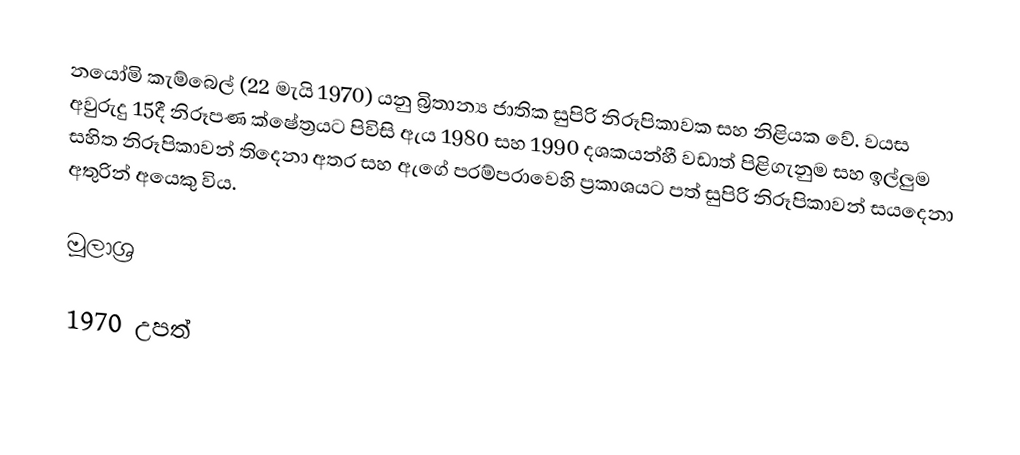
නයෝමි කැම්බෙල් (22 මැයි 1970) යනු බ්‍රිතාන්‍ය ජාතික සුපිරි නිරූපිකාවක සහ නිළියක වේ. වයස අවුරුදු 15දී නිරූපණ ක්ෂේත්‍රයට පිවිසි ඇය 1980 සහ 1990 දශකයන්හී වඩාත් පිළිගැනුම සහ ඉල්ලුම සහිත නිරූපිකාවන් තිදෙනා අතර සහ ඇගේ පරම්පරාවෙහි ප්‍රකාශයට පත් සුපිරි නිරූපිකාවන් සයදෙනා අතුරින් අයෙකු විය.

මූලාශ්‍ර

1970 උපත්